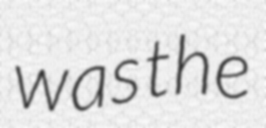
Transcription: was the